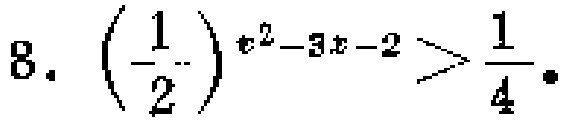
8. \(\left(\frac{1}{2}\right)^{x^{2}-3x - 2}>\frac{1}{4}\)